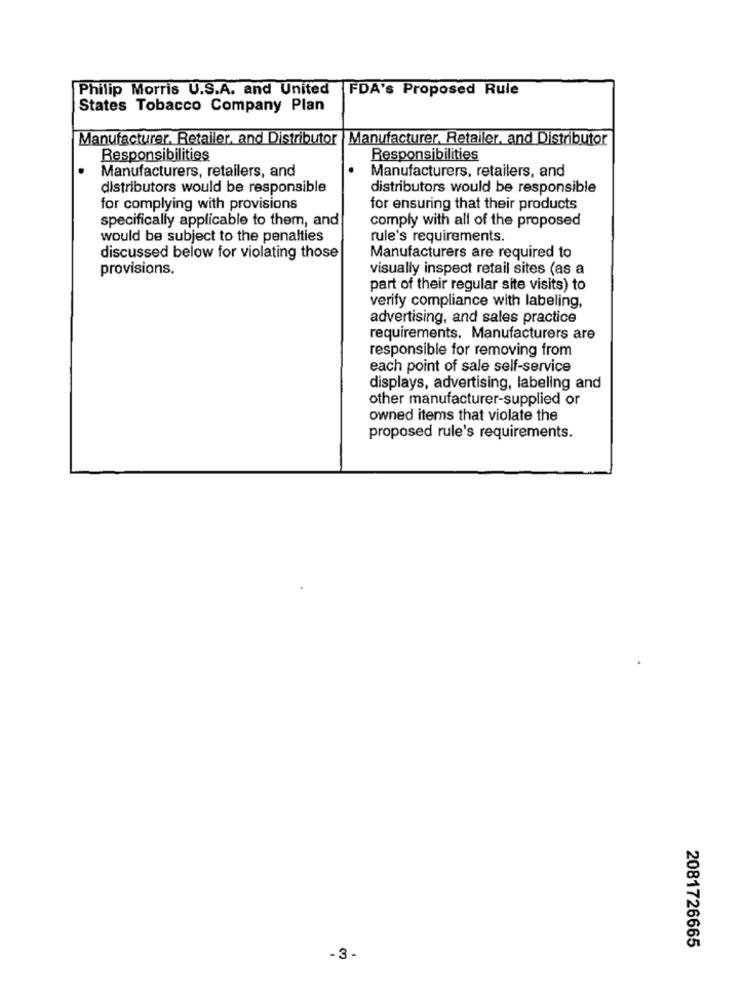
Philip Morris U.S.A. and United
FDA's Proposed Rule
States Tobacco Company Plan
Manufacturer. Retailer, and Distributor
Manufacturer. Retailer, and Distributor
Responsibilities
Responsibilities
Manufacturers, retailers, and
Manufacturers, retailers, and
distributors would be responsible
distributors would be responsible
for complying with provisions
for ensuring that their products
specifically applicable to them, and
comply with all of the proposed
would be subject to the penalties
rule's requirements.
discussed below for violating those
Manufacturers are required to
provisions.
visually inspect retail sites (as a
part of their regular site visits) to
verify compliance with labeling,
advertising, and sales practice
requirements. Manufacturers are
responsible for removing from
each point of sale self-service
displays, advertising, labeling and
other manufacturer-supplied or
owned items that violate the
proposed rule's requirements.
2081726665
-3-